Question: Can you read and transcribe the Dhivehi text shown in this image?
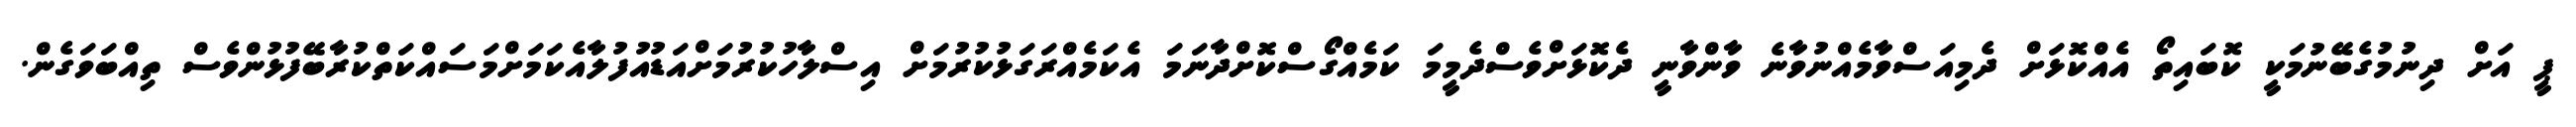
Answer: ޕީ އަށް ދިނުމުގެބޭނުމަކީ ކޮބައިތޯ އެއްކޮޅަށް ދެމިއަސްވާމެއްނުވާނެ ވާންވާނީ ދެކޮޅަށްވެސްދެމީމަ ކަމެއްގޯސްކޮށްދާނަމަ އެކަމެއްރަގަޅުކުރުމަށް އިސްލާހުކުރުމަށްއަޑުއުފުލާއެކަމަށްމަސައްކަތްކުރާބޭފުޅުންވެސް ތިއްބަވަގެން.